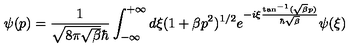
\psi ( p ) = \frac { 1 } { \sqrt { 8 \pi \sqrt { \beta } } \hbar } \int _ { - \infty } ^ { + \infty } d { \xi } { \mathrm { } } ( 1 + \beta p ^ { 2 } ) ^ { 1 / 2 } { \mathrm { } } e ^ { - i { \xi } \frac { \tan ^ { - 1 } ( \sqrt { \beta } p ) } { \hbar \sqrt { \beta } } } { \mathrm { } } \psi ( { \xi } )